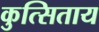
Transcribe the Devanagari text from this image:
कुत्सिताय